Vaccination in the Punjab 1897-1904 - 1897-1904
Year: 1897
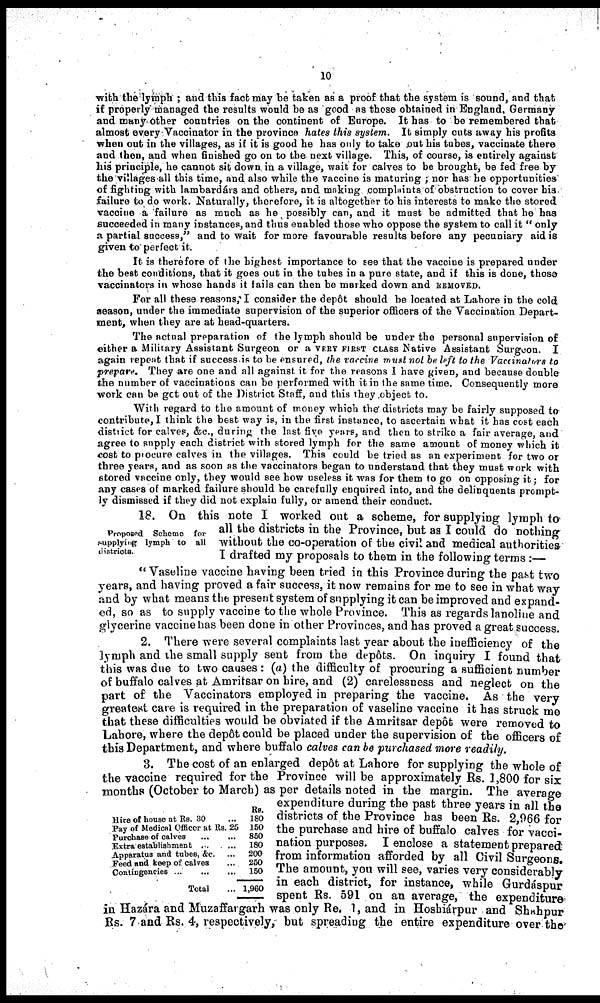
10
with the lymph ; and this fact may be taken as a proof that the system is sound, and that
if properly managed the results would be as good as those obtained in England, Germany
and many other countries on the continent of Europe. It has to be remembered that
almost every Vaccinator in the province hates this system. It simply cuts away his profits
when out in the villages, as if it is good he has only to take out his tubes, vaccinate there
and then, and when finished go on to the next village. This, of course, is entirely against
his principle, he cannot sit down, in a village, wait for calves to be brought, be fed free by
the villages all this time, and also while the vaccine is maturing ; nor has he opportunities
of fighting with lambardárs and others, and making complaints of obstruction to cover his
failure to do work. Naturally, therefore, it is altogether to his interests to make the stored
vaccine a failure as much as he possibly can, and it must be admitted that he has
succeeded in many instances, and thus enabled those who oppose the system to call it " only
a partial success," and to wait for more favourable results before any pecuniary aid is
given to perfect it.
It is therefore of the highest importance to see that the vaccine is prepared under
the best conditions, that it goes out in the tubes in a pure state, and if this is done, those
vaccinators in whose hands it fails can then be marked down and REMOVED.
For all these reasons, I consider the depôt should be located at Lahore in the cold
season, under the immediate supervision of the superior officers of the Vaccination Depart-
ment, when they are at head-quarters.
The actual preparation of the lymph should be under the personal supervision of
either a Military Assistant Surgeon or a VERY FIRST CLASS Native Assistant Surgeon. I
again repeat that if success-is to be ensured, the vaccine must not be left to the Vaccinators to
prepare. They are one and all against it for the reasons I have given, and because double
the number of vaccinations can be performed with it in the same time. Consequently more
work can be get out of the District Staff, and this they object to.
With regard to the amount of money which the districts may be fairly supposed to
contribute, I think the best way is, in the first instance, to ascertain what it has cost each
district for calves, &c., during the last five years, and then to strike a fair average, and
agree to supply each district with stored lymph for the same amount of money which it
cost to procure calves in the villages. This could be tried as an experiment for two or
three years, and as soon as the vaccinators began to understand that they must work with
stored vaccine only, they would see how useless it was for them to go on opposing it; for
any cases of marked failure should be carefully enquired into, and the delinquents prompt-
ly dismissed if they did not explain fully, or amend their conduct.
Proposed Scheme for
supplying lymph to all
districts.
18. On this note I worked out a scheme, for supplying lymph to
all the districts in the Province, but as I could do nothing
without the co-operation of the civil and medical authorities
I drafted my proposals to them in the following terms :—
"Vaseline vaccine having been tried in this Province during the past two
years, and having proved a fair success, it now remains for me to see in what way
and by what means the present system of supplying it can be improved and expand-
ed, so as to supply vaccine to the whole Province. This as regards lanoline and
glycerine vaccine has been done in other Provinces, and has proved a great success.
2. There were several complaints last year about the inefficiency of the
lymph and the small supply sent from the depôts. On inquiry I found that
this was due to two causes : (a) the difficulty of procuring a sufficient number
of buffalo calves at Amritsar on hire, and (2) carelessness and neglect on the
part of the Vaccinators employed in preparing the vaccine. As the very
greatest care is required in the preparation of vaseline vaccine it has struck me
that these difficulties would be obviated if the Amritsar depôt were removed to
Lahore, where the depôt could be placed under the supervision of the officers of
this Department, and where buffalo calves can be purchased more readily.
Hire of house at Rs. 30 ... ...
Pay of Medical Officer at Rs. 25
Purchase of calves ... ...
Extra establishment
...
...
Apparatus and tribes, &c. ...
Feed and keep of calves ...
Contingencies
...
...
...
Total ...
Rs.
180
150
850
180
200
250
150
1,960
3. The cost of an enlarged depôt at Lahore for supplying the whole of
the vaccine required for the Province will be approximately Rs. 1,800 for six
months (October to March) as per details noted in the margin. The average
expenditure during the past three years in all the
districts of the Province has been Rs. 2,966 for
the purchase and hire of buffalo calves for vacci-
nation purposes. I enclose a statement prepared
from information afforded by all Civil Surgeons.
The amount, you will see, varies very considerably
in each district, for instance, while Gurdáspur
spent Rs. 591 on an average, the expenditure
in Hazára and Muzaffargarh was only Re. 1, and in Hoshiárpur and Shahpur
Rs. 7 and Rs. 4, respectively, but spreading the entire expenditure over the